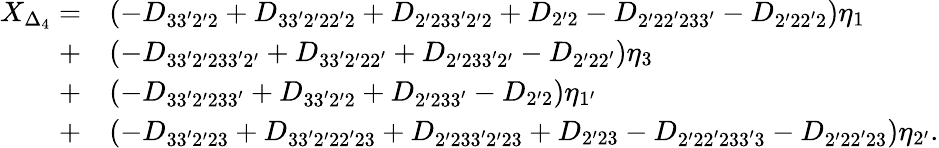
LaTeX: \begin{array}{rl}{X_{\Delta_{4}}=}&{\left({-{D_{33^{\prime}2^{\prime}2}}+{D_{33^{\prime}2^{\prime}22^{\prime}2}}+{D_{2^{\prime}233^{\prime}2^{\prime}2}}+{D_{2^{\prime}2}}-{D_{2^{\prime}22^{\prime}233^{\prime}}}-{D_{2^{\prime}22^{\prime}2}}}\right){\eta_{\mathrm{{1}}}}}\\ {+}&{\left({-{D_{33^{\prime}2^{\prime}233^{\prime}2^{\prime}}}+{D_{33^{\prime}2^{\prime}22^{\prime}}}+{D_{2^{\prime}233^{\prime}2^{\prime}}}-{D_{2^{\prime}22^{\prime}}}}\right){\eta_{\mathrm{3}}}}\\ {+}&{\left({-{D_{33^{\prime}2^{\prime}233^{\prime}}}+{D_{33^{\prime}2^{\prime}2}}+{D_{2^{\prime}233^{\prime}}}-{D_{2^{\prime}2}}}\right){\eta_{\mathrm{{1^{\prime}}}}}}\\ {+}&{\left({-{D_{33^{\prime}2^{\prime}23}}+{D_{33^{\prime}2^{\prime}22^{\prime}23}}+{D_{2^{\prime}233^{\prime}2^{\prime}23}}+{D_{2^{\prime}23}}-{D_{2^{\prime}22^{\prime}233^{\prime}3}}-{D_{2^{\prime}22^{\prime}23}}}\right){\eta_{{\mathrm{2^{\prime}}}}}.}\end{array}